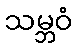
သမ္ဘဝံ